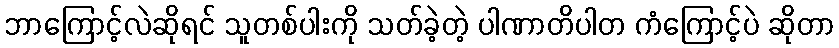
ဘာကြောင့်လဲဆိုရင် သူတစ်ပါးကို သတ်ခဲ့တဲ့ ပါဏာတိပါတ ကံကြောင့်ပဲ ဆိုတာ